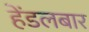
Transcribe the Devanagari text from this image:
हेंडलबार